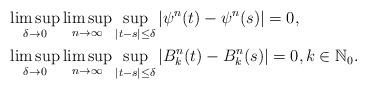
LaTeX: \begin{align*}& \limsup_{\delta \to 0} \limsup_{n \to \infty} \sup_{|t-s|\le\delta} |\psi^n(t) - \psi^n(s)| = 0, \\& \limsup_{\delta \to 0} \limsup_{n \to \infty} \sup_{|t-s|\le\delta} |B^n_k(t) - B^n_k(s)| = 0, k \in \mathbb{N}_0. \end{align*}